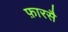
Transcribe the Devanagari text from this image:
फ़ारसै